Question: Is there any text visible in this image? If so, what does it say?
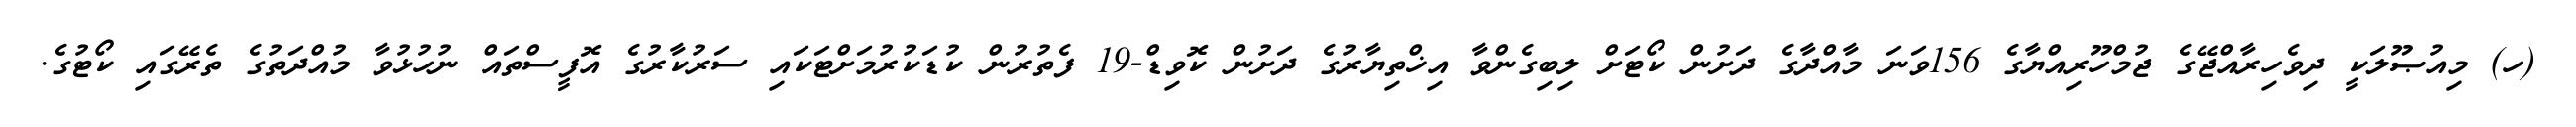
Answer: (ހ) މިއުޞޫލަކީ ދިވެހިރާއްޖޭގެ ޖުމްހޫރިއްޔާގެ 156ވަނަ މާއްދާގެ ދަށުން ކޯޓަށް ލިބިގެންވާ އިޚްތިޔާރުގެ ދަށުން ކޮވިޑް-19 ފެތުރުން ކުޑަކުރުމަށްޓަކައި ސަރުކާރުގެ އޮފީސްތައް ނުހުޅުވާ މުއްދަތުގެ ތެރޭގައި ކޯޓުގެ.